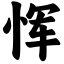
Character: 恽